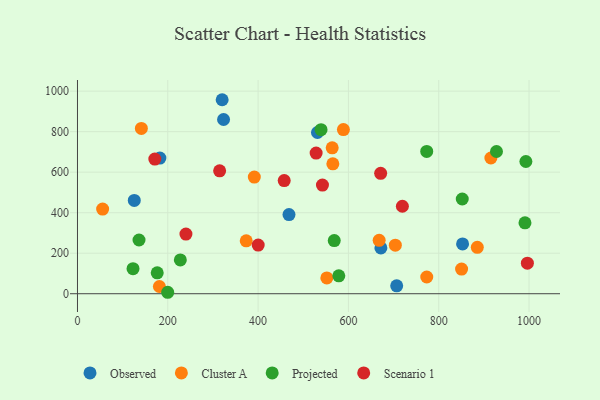
{"axis": {"x": "Engine Size", "y": "Rating"}, "legend": ["Cluster A", "Observed", "Projected", "Scenario 1"], "data": [{"x": "320.4", "y": 957.6, "type": "Observed"}, {"x": "671.9", "y": 226.1, "type": "Observed"}, {"x": "182.5", "y": 669.8, "type": "Observed"}, {"x": "852.8", "y": 246.0, "type": "Observed"}, {"x": "468.4", "y": 390.5, "type": "Observed"}, {"x": "706.9", "y": 38.8, "type": "Observed"}, {"x": "531.5", "y": 795.9, "type": "Observed"}, {"x": "125.8", "y": 460.4, "type": "Observed"}, {"x": "323.5", "y": 860.1, "type": "Observed"}, {"x": "181.4", "y": 35.6, "type": "Cluster A"}, {"x": "703.9", "y": 239.8, "type": "Cluster A"}, {"x": "588.9", "y": 810.1, "type": "Cluster A"}, {"x": "373.7", "y": 261.1, "type": "Cluster A"}, {"x": "564.1", "y": 720.1, "type": "Cluster A"}, {"x": "885.4", "y": 229.3, "type": "Cluster A"}, {"x": "850.6", "y": 121.8, "type": "Cluster A"}, {"x": "141.5", "y": 816.1, "type": "Cluster A"}, {"x": "552.2", "y": 78.2, "type": "Cluster A"}, {"x": "668.1", "y": 263.8, "type": "Cluster A"}, {"x": "565.5", "y": 641.1, "type": "Cluster A"}, {"x": "391.6", "y": 575.8, "type": "Cluster A"}, {"x": "773.5", "y": 82.5, "type": "Cluster A"}, {"x": "915.5", "y": 669.9, "type": "Cluster A"}, {"x": "55.7", "y": 417.8, "type": "Cluster A"}, {"x": "578.7", "y": 88.2, "type": "Projected"}, {"x": "123.0", "y": 123.6, "type": "Projected"}, {"x": "993.0", "y": 652.8, "type": "Projected"}, {"x": "539.4", "y": 810.0, "type": "Projected"}, {"x": "568.6", "y": 262.3, "type": "Projected"}, {"x": "773.4", "y": 702.6, "type": "Projected"}, {"x": "176.6", "y": 103.0, "type": "Projected"}, {"x": "136.3", "y": 265.1, "type": "Projected"}, {"x": "991.0", "y": 350.1, "type": "Projected"}, {"x": "852.1", "y": 467.5, "type": "Projected"}, {"x": "199.8", "y": 7.2, "type": "Projected"}, {"x": "927.9", "y": 702.1, "type": "Projected"}, {"x": "227.8", "y": 166.9, "type": "Projected"}, {"x": "400.2", "y": 240.4, "type": "Scenario 1"}, {"x": "528.5", "y": 694.2, "type": "Scenario 1"}, {"x": "996.3", "y": 150.8, "type": "Scenario 1"}, {"x": "240.2", "y": 294.4, "type": "Scenario 1"}, {"x": "719.5", "y": 431.7, "type": "Scenario 1"}, {"x": "671.4", "y": 594.3, "type": "Scenario 1"}, {"x": "171.3", "y": 664.7, "type": "Scenario 1"}, {"x": "457.8", "y": 558.3, "type": "Scenario 1"}, {"x": "542.5", "y": 536.3, "type": "Scenario 1"}, {"x": "314.8", "y": 606.8, "type": "Scenario 1"}]}